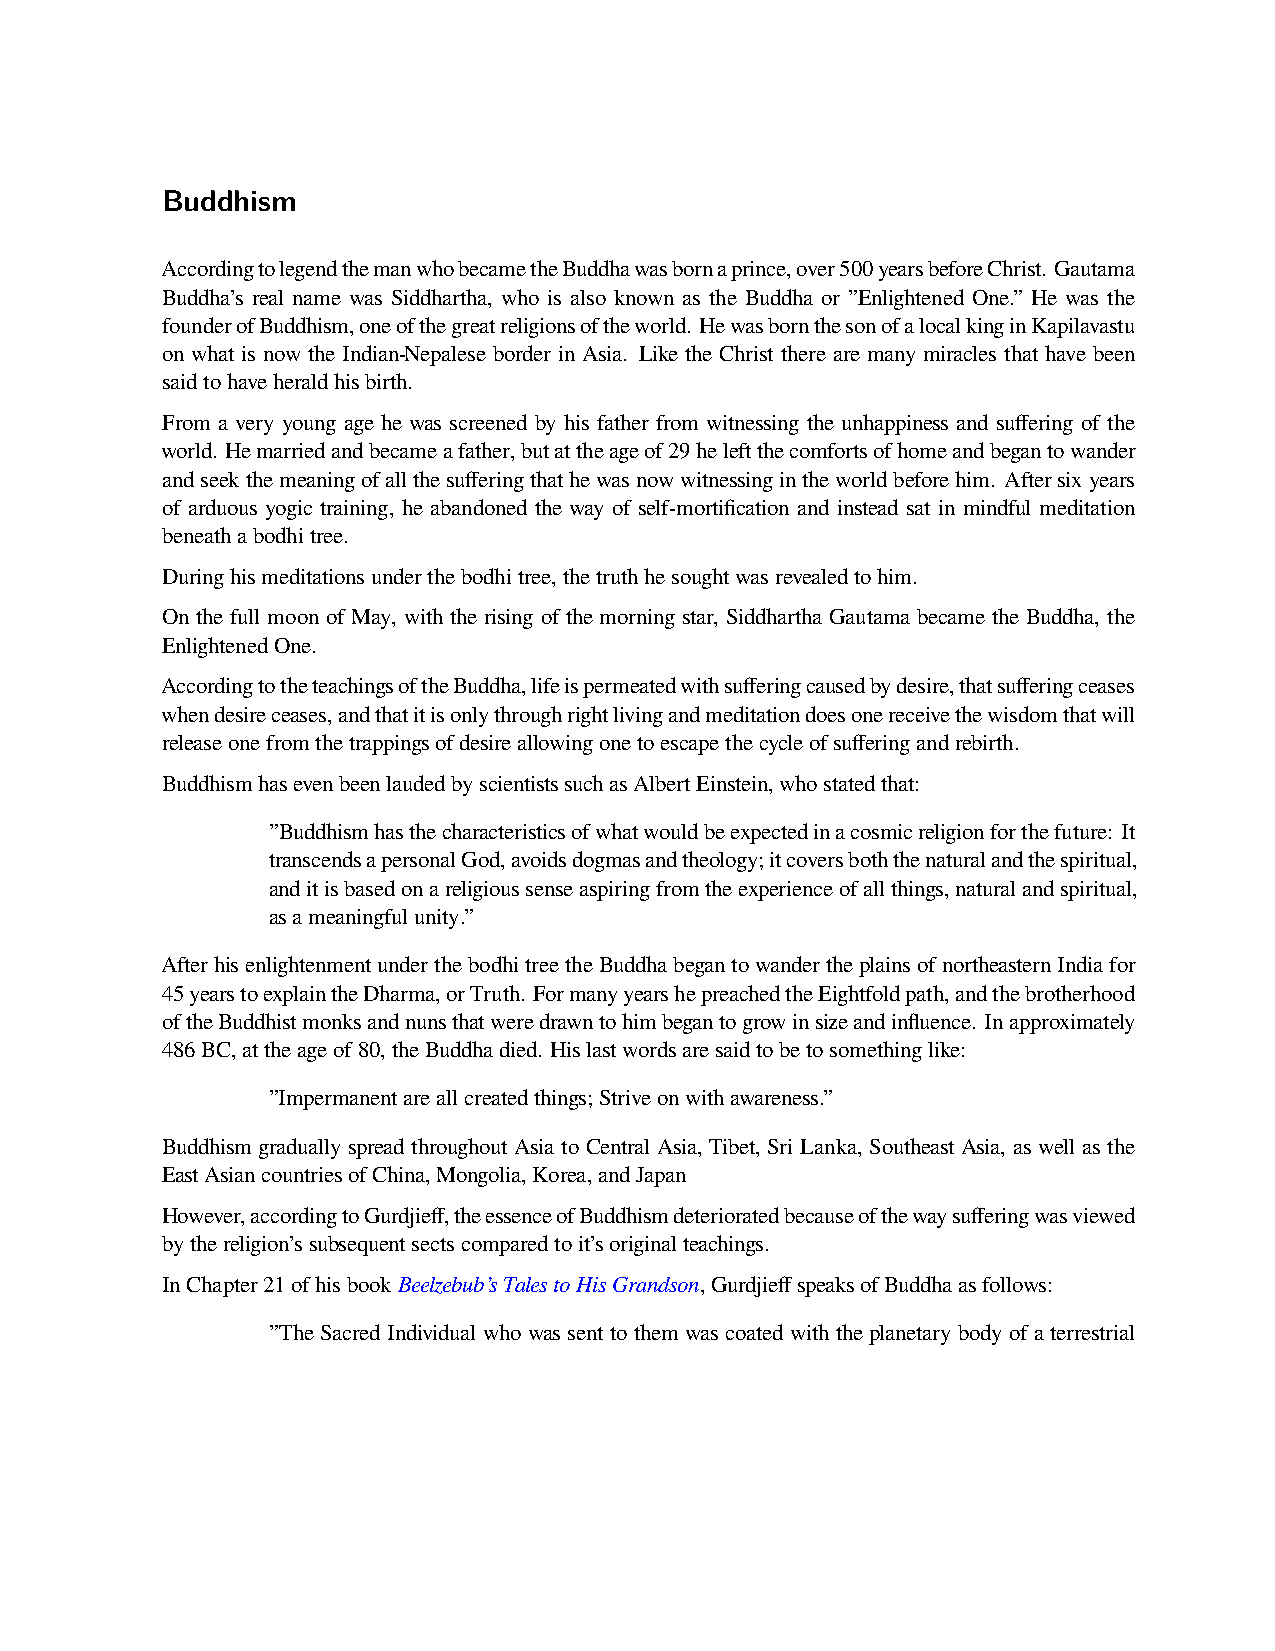
Buddhism
 AccordingtolegendthemanwhobecametheBuddhawasbornaprince,over500yearsbeforeChrist. Gautama
 Buddha’s real name was Siddhartha, who is also known as the Buddha or ”Enlightened One.” He was the
 founderofBuddhism,oneofthegreatreligionsoftheworld. HewasbornthesonofalocalkinginKapilavastu
 on what is now the Indian-Nepalese border in Asia. Like the Christ there are many miracles that have been
 saidtohaveheraldhisbirth.
 From a very young age he was screened by his father from witnessing the unhappiness and suffering of the
 world. Hemarriedandbecameafather,butattheageof29heleftthecomfortsofhomeandbegantowander
 andseekthemeaningofallthesufferingthathewasnowwitnessingintheworldbeforehim. Aftersixyears
 of arduous yogic training, he abandoned the way of self-mortification and instead sat in mindful meditation
 beneathabodhitree.
 Duringhismeditationsunderthebodhitree,thetruthhesoughtwasrevealedtohim.
 On the full moon of May, with the rising of the morning star, Siddhartha Gautama became the Buddha, the
 EnlightenedOne.
 AccordingtotheteachingsoftheBuddha,lifeispermeatedwithsufferingcausedbydesire,thatsufferingceases
 whendesireceases,andthatitisonlythroughrightlivingandmeditationdoesonereceivethewisdomthatwill
 releaseonefromthetrappingsofdesireallowingonetoescapethecycleofsufferingandrebirth.
 BuddhismhasevenbeenlaudedbyscientistssuchasAlbertEinstein,whostatedthat:
 ”Buddhismhasthecharacteristicsofwhatwouldbeexpectedinacosmicreligionforthefuture: It
 transcendsapersonalGod,avoidsdogmasandtheology;itcoversboththenaturalandthespiritual,
 anditisbasedonareligioussenseaspiringfromtheexperienceofallthings,naturalandspiritual,
 asameaningfulunity.”
 AfterhisenlightenmentunderthebodhitreetheBuddhabegantowandertheplainsofnortheasternIndiafor
 45yearstoexplaintheDharma,orTruth. FormanyyearshepreachedtheEightfoldpath,andthebrotherhood
 oftheBuddhistmonksandnunsthatweredrawntohimbegantogrowinsizeandinfluence. Inapproximately
 486BC,attheageof80,theBuddhadied. Hislastwordsaresaidtobetosomethinglike:
 ”Impermanentareallcreatedthings;Striveonwithawareness.”
 Buddhism gradually spread throughout Asia to Central Asia, Tibet, Sri Lanka, Southeast Asia, as well as the
 EastAsiancountriesofChina,Mongolia,Korea,andJapan
 However,accordingtoGurdjieff,theessenceofBuddhismdeterioratedbecauseofthewaysufferingwasviewed
 bythereligion’ssubsequentsectscomparedtoit’soriginalteachings.
 InChapter21ofhisbookBeelzebub’sTalestoHisGrandson,GurdjieffspeaksofBuddhaasfollows:
 ”The Sacred Individual who was sent to them was coated with the planetary body of a terrestrial